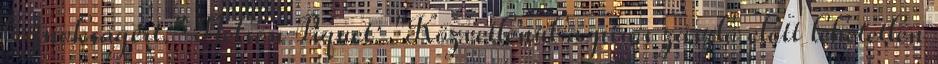
bajnokságért." Nelson Piquet: "Közvetlenül a piros zászló előtt lehetetlen